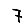
Digit: 7